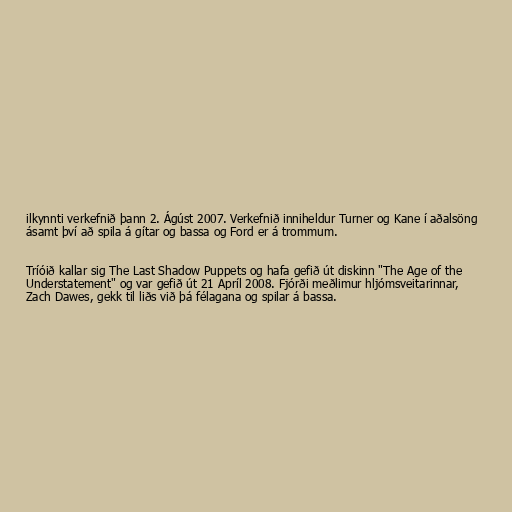
ilkynnti verkefnið þann 2. Ágúst 2007. Verkefnið inniheldur Turner og Kane í aðalsöng
ásamt því að spila á gítar og bassa og Ford er á trommum.

Tríóið kallar sig The Last Shadow Puppets og hafa gefið út diskinn "The Age of the
Understatement" og var gefið út 21 Apríl 2008. Fjórði meðlimur hljómsveitarinnar,
Zach Dawes, gekk til liðs við þá félagana og spilar á bassa.